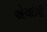
એચઇપી